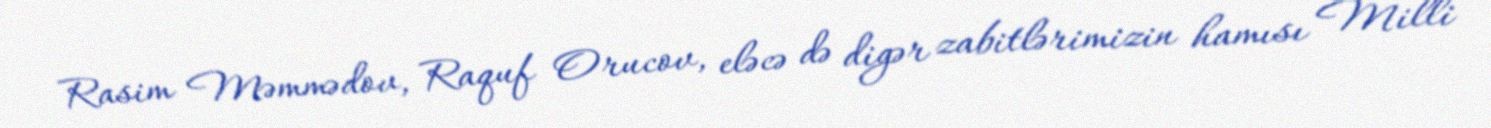
Rasim Məmmədov, Raquf Orucov, eləcə də digər zabitlərimizin hamısı Milli